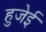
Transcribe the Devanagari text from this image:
हुजेई